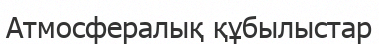
Атмосфералық құбылыстар